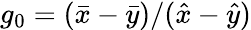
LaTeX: g_{0}=(\bar{x}-\bar{y})/(\hat{x}-\hat{y})